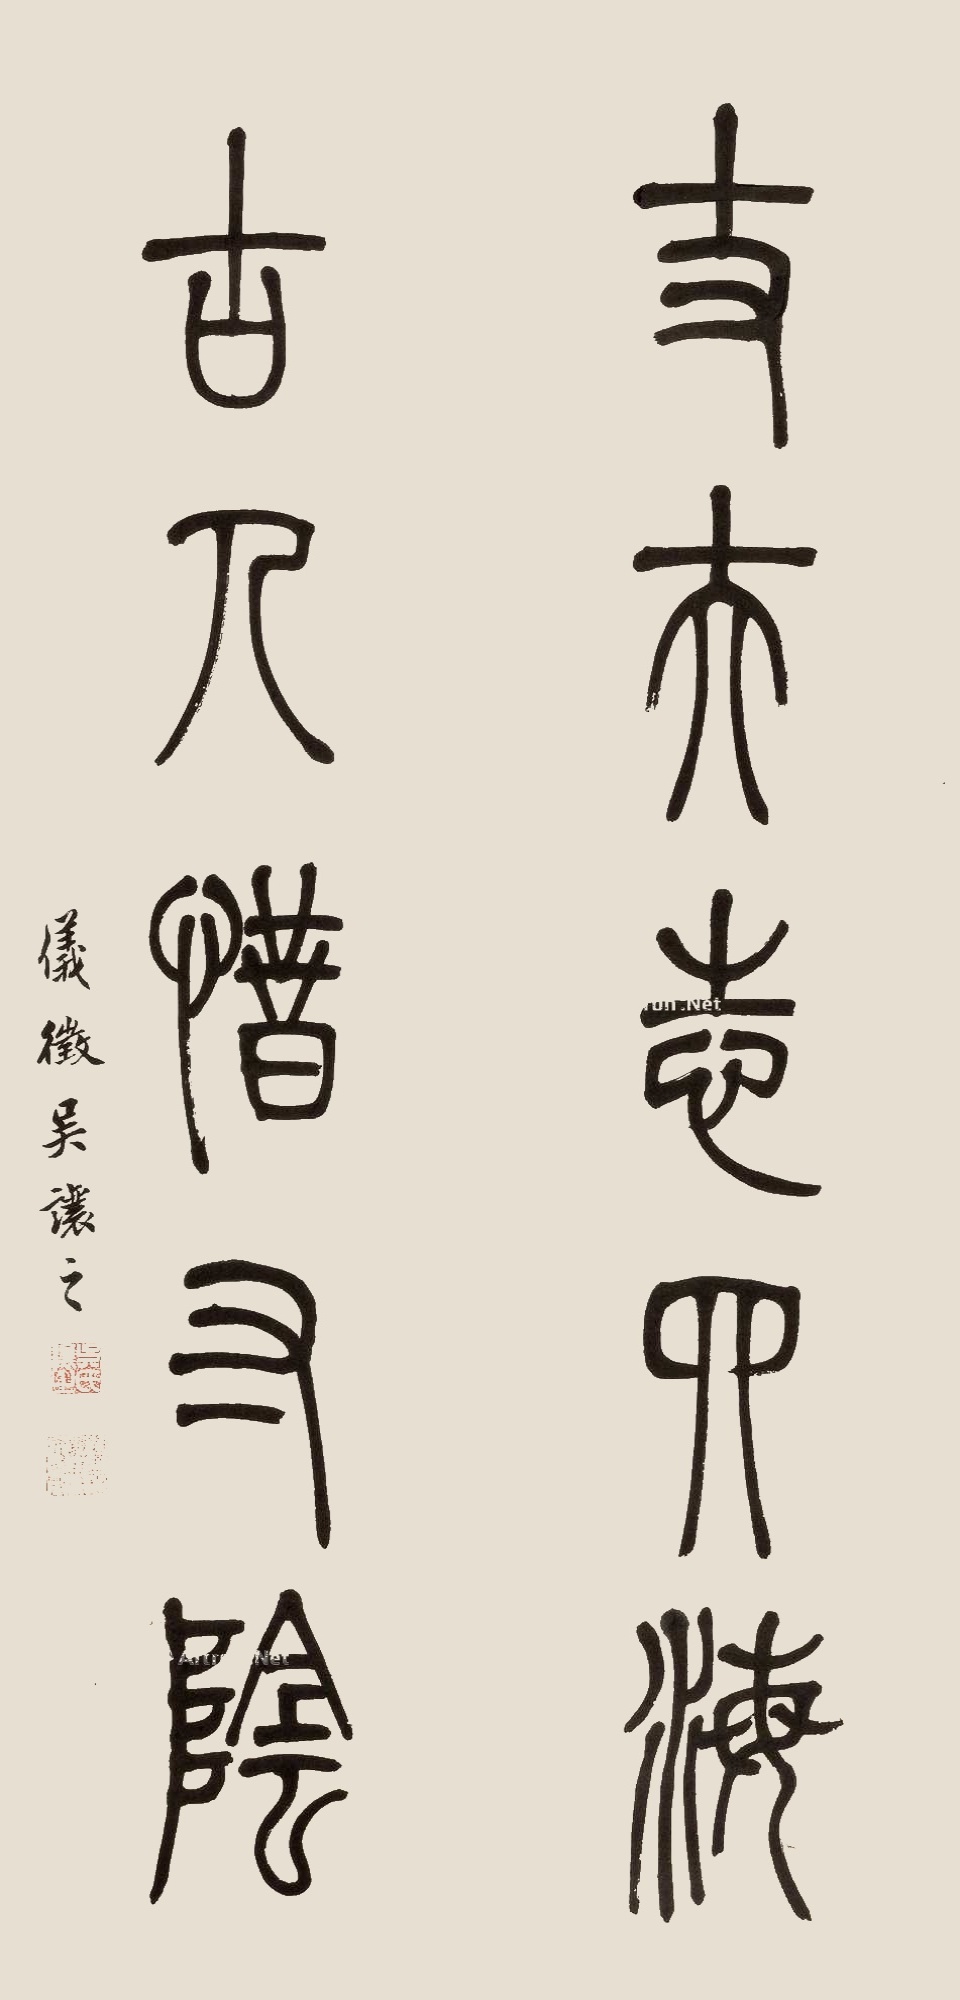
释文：丈夫志四海，古人惜寸阴。仪征吴让之。